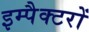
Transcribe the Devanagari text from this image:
इम्पैक्टरों